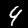
Digit: 4